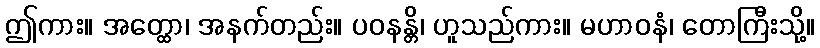
ဤကား။ အတ္ထော၊ အနက်တည်း။ ပဝနန္တိ၊ ဟူသည်ကား။ မဟာဝနံ၊ တောကြီးသို့။